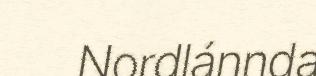
Nordlánnda